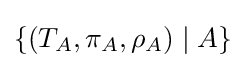
\{(T_{A},\pi _{A},\rho _{A})\mid A\}